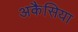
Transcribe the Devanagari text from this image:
अकैसिया